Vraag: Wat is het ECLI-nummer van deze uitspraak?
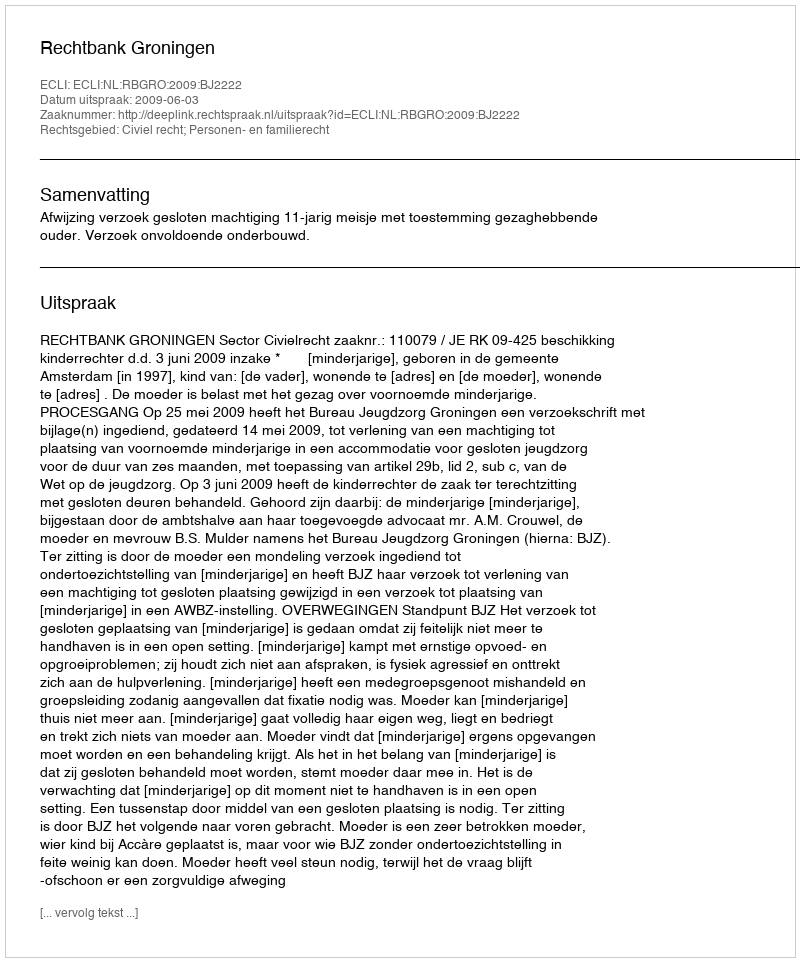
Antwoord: ECLI:NL:RBGRO:2009:BJ2222